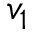
v _ { 1 }